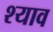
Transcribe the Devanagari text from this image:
श्याव